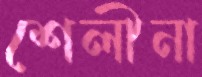
শেলীনা